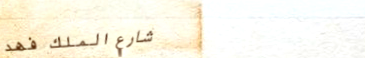
شارع الملك فهد